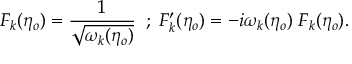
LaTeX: F _ { k } ( \eta _ { o } ) = \frac { 1 } { \sqrt { \omega _ { k } ( \eta _ { o } ) } } \; \; ; \; F _ { k } ^ { \prime } ( \eta _ { o } ) = - i \omega _ { k } ( \eta _ { o } ) \; F _ { k } ( \eta _ { o } ) .